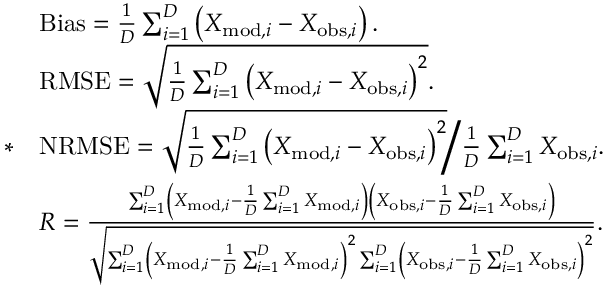
\begin{array} { r l } & { \mathrm { B i a s } = \frac { 1 } { D } \sum _ { i = 1 } ^ { D } \left( X _ { \mathrm { m o d } , i } - X _ { \mathrm { o b s } , i } \right) . } \\ & { \mathrm { R M S E } = \sqrt { \frac { 1 } { D } \sum _ { i = 1 } ^ { D } \left( X _ { \mathrm { m o d } , i } - X _ { \mathrm { o b s } , i } \right) ^ { 2 } } . } \\ { * } & { \mathrm { N R M S E } = \sqrt { \frac { 1 } { D } \sum _ { i = 1 } ^ { D } \left( X _ { \mathrm { m o d } , i } - X _ { \mathrm { o b s } , i } \right) ^ { 2 } } \Bigg / \frac { 1 } { D } \sum _ { i = 1 } ^ { D } X _ { \mathrm { o b s } , i } . } \\ & { R = \frac { \sum _ { i = 1 } ^ { D } \left( X _ { \mathrm { m o d } , i } - \frac { 1 } { D } \sum _ { i = 1 } ^ { D } X _ { \mathrm { m o d } , i } \right) \left( X _ { \mathrm { o b s } , i } - \frac { 1 } { D } \sum _ { i = 1 } ^ { D } X _ { \mathrm { o b s } , i } \right) } { \sqrt { \sum _ { i = 1 } ^ { D } \left( X _ { \mathrm { m o d } , i } - \frac { 1 } { D } \sum _ { i = 1 } ^ { D } X _ { \mathrm { m o d } , i } \right) ^ { 2 } \sum _ { i = 1 } ^ { D } \left( X _ { \mathrm { o b s } , i } - \frac { 1 } { D } \sum _ { i = 1 } ^ { D } X _ { \mathrm { o b s } , i } \right) ^ { 2 } } } . } \end{array}